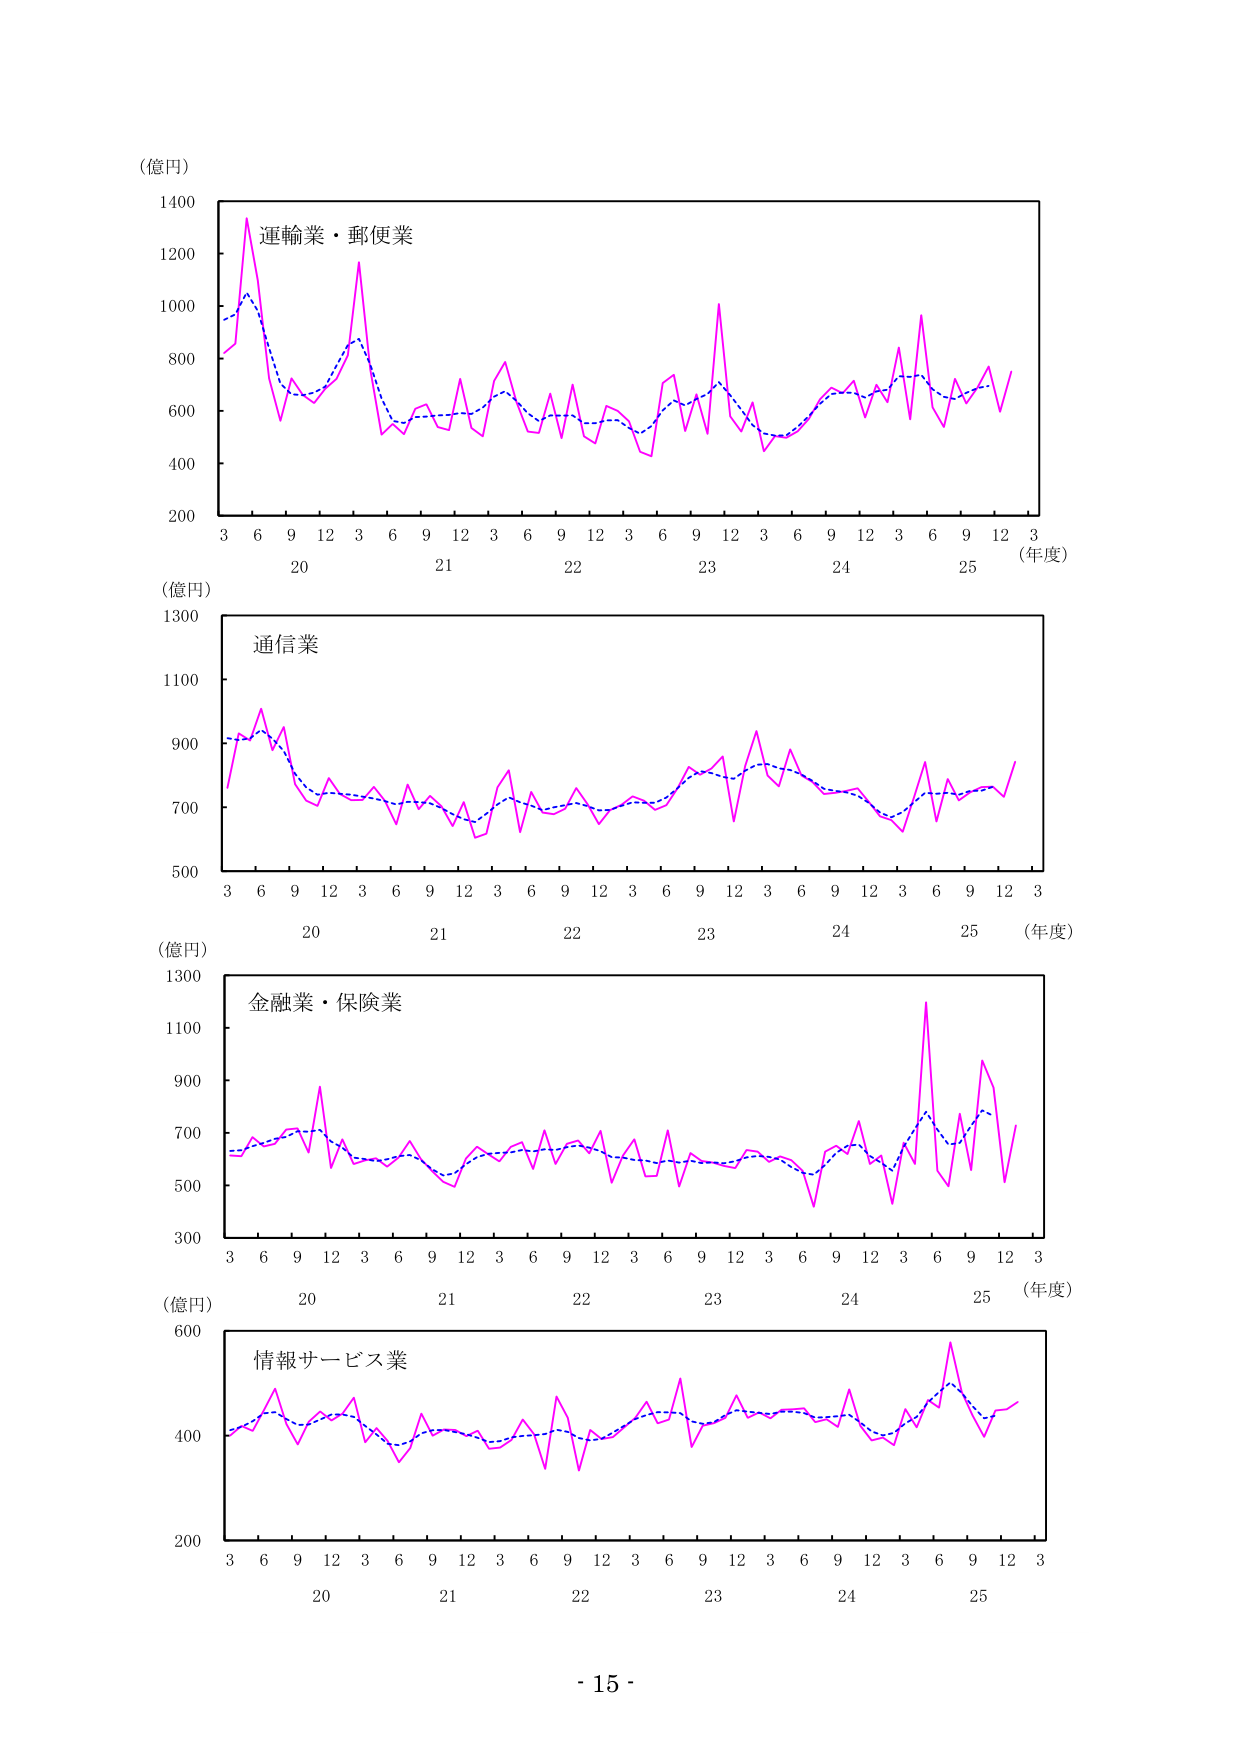
（億円）
1400
1200
運輸業・郵便業
1000
800
600
400
200
3 6 9 12 3 6 9 12 3 6 9 12 3 6 9 12 3 6 9 12 3 6 9 12 3
20 21 22 23 24 25 （年度）
（億円）
1300
通信業
1100
900
700
500
3 6 9 12 3 6 9 12 3 6 9 12 3 6 9 12 3 6 9 12 3 6 9 12 3
20 21 22 23 24 25 （年度）
（億円）
1300
金融業・保険業
1100
900
700
500
300
3 6 9 12 3 6 9 12 3 6 9 12 3 6 9 12 3 6 9 12 3 6 9 12 3
20 21 22 23 24 25 （年度）
（億円）
600
情報サービス業
400
200
3 6 9 12 3 6 9 12 3 6 9 12 3 6 9 12 3 6 9 12 3 6 9 12 3
20 21 22 23 24 25
- 15 -